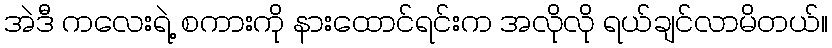
အဲဒီ ကလေးရဲ့ စကားကို နားထောင်ရင်းက အလိုလို ရယ်ချင်လာမိတယ်။